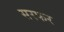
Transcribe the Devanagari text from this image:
सरफर